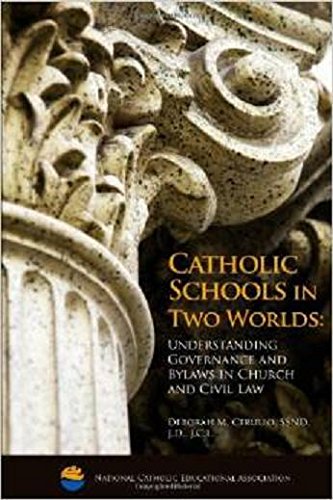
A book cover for Catholic Schools in Two Worlds: Understanding Governance and Bylaws in Church and Civil Law; Deborah M. Cerullo; Law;